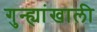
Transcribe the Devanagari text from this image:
गुन्ह्यांखाली